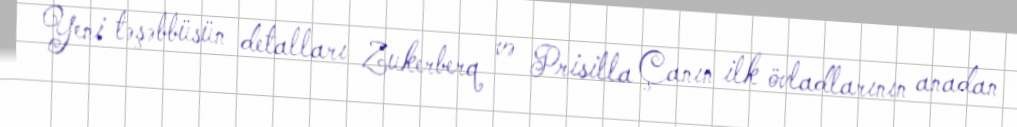
Yeni təşəbbüsün detalları Zukerberq və Prisilla Çanın ilk övladlarının anadan